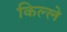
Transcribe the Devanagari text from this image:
किल्‍ले